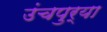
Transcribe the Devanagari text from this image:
उंचपुर्‍या